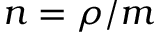
n = \rho / m